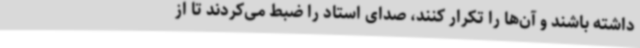
داشته باشند و آن‌ها را تکرار کنند، صدای استاد را ضبط می‌کردند تا از